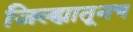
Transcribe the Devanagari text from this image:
जिल्ह्यातूनच